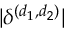
| \delta ^ { ( d _ { 1 } , d _ { 2 } ) } |